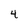
Character: 4